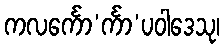
ကလင်္ကော’င်္ကာ’ပဝါဒေသု၊